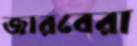
জারবেরা